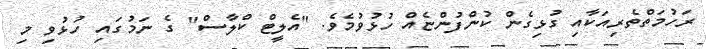
ރަހުމަތްތެރިއަކާއި ގުޅިގެން ކުންފުންޏެއް ހުޅުވުމެވެ. "އެލީޓް ކްލާސް" ގެ ނަމުގައި ހުޅުވި މި